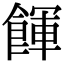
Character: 餫